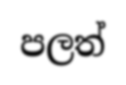
පලත්